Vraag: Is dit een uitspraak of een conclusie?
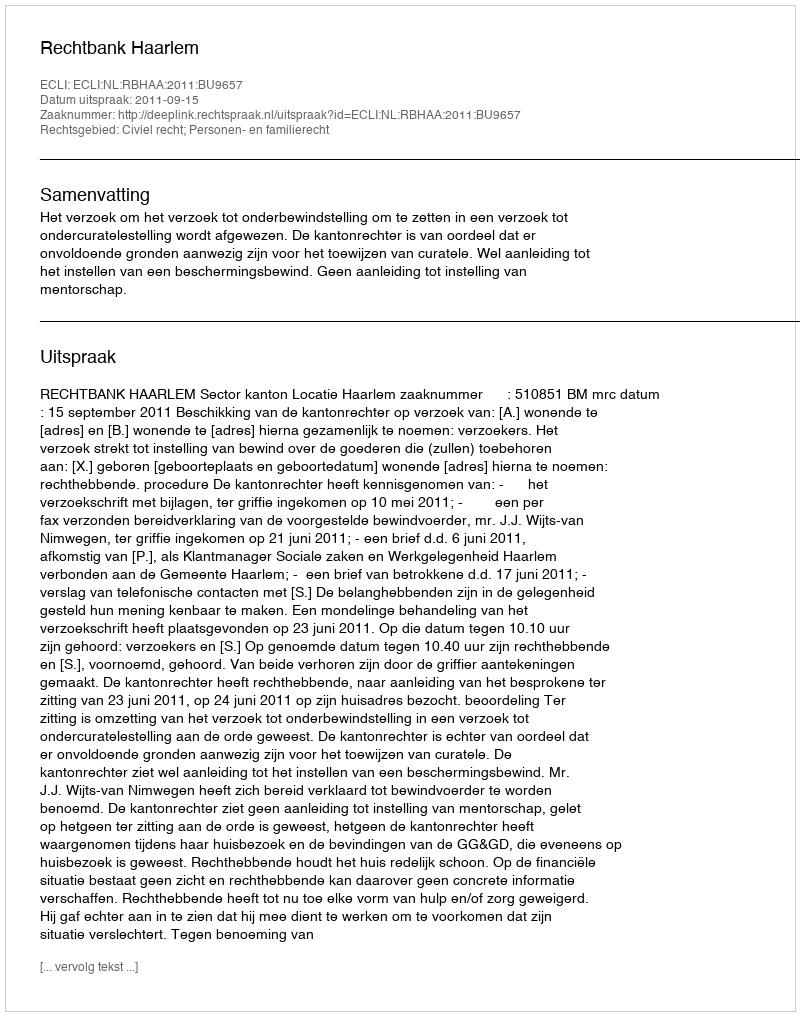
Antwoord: Uitspraak